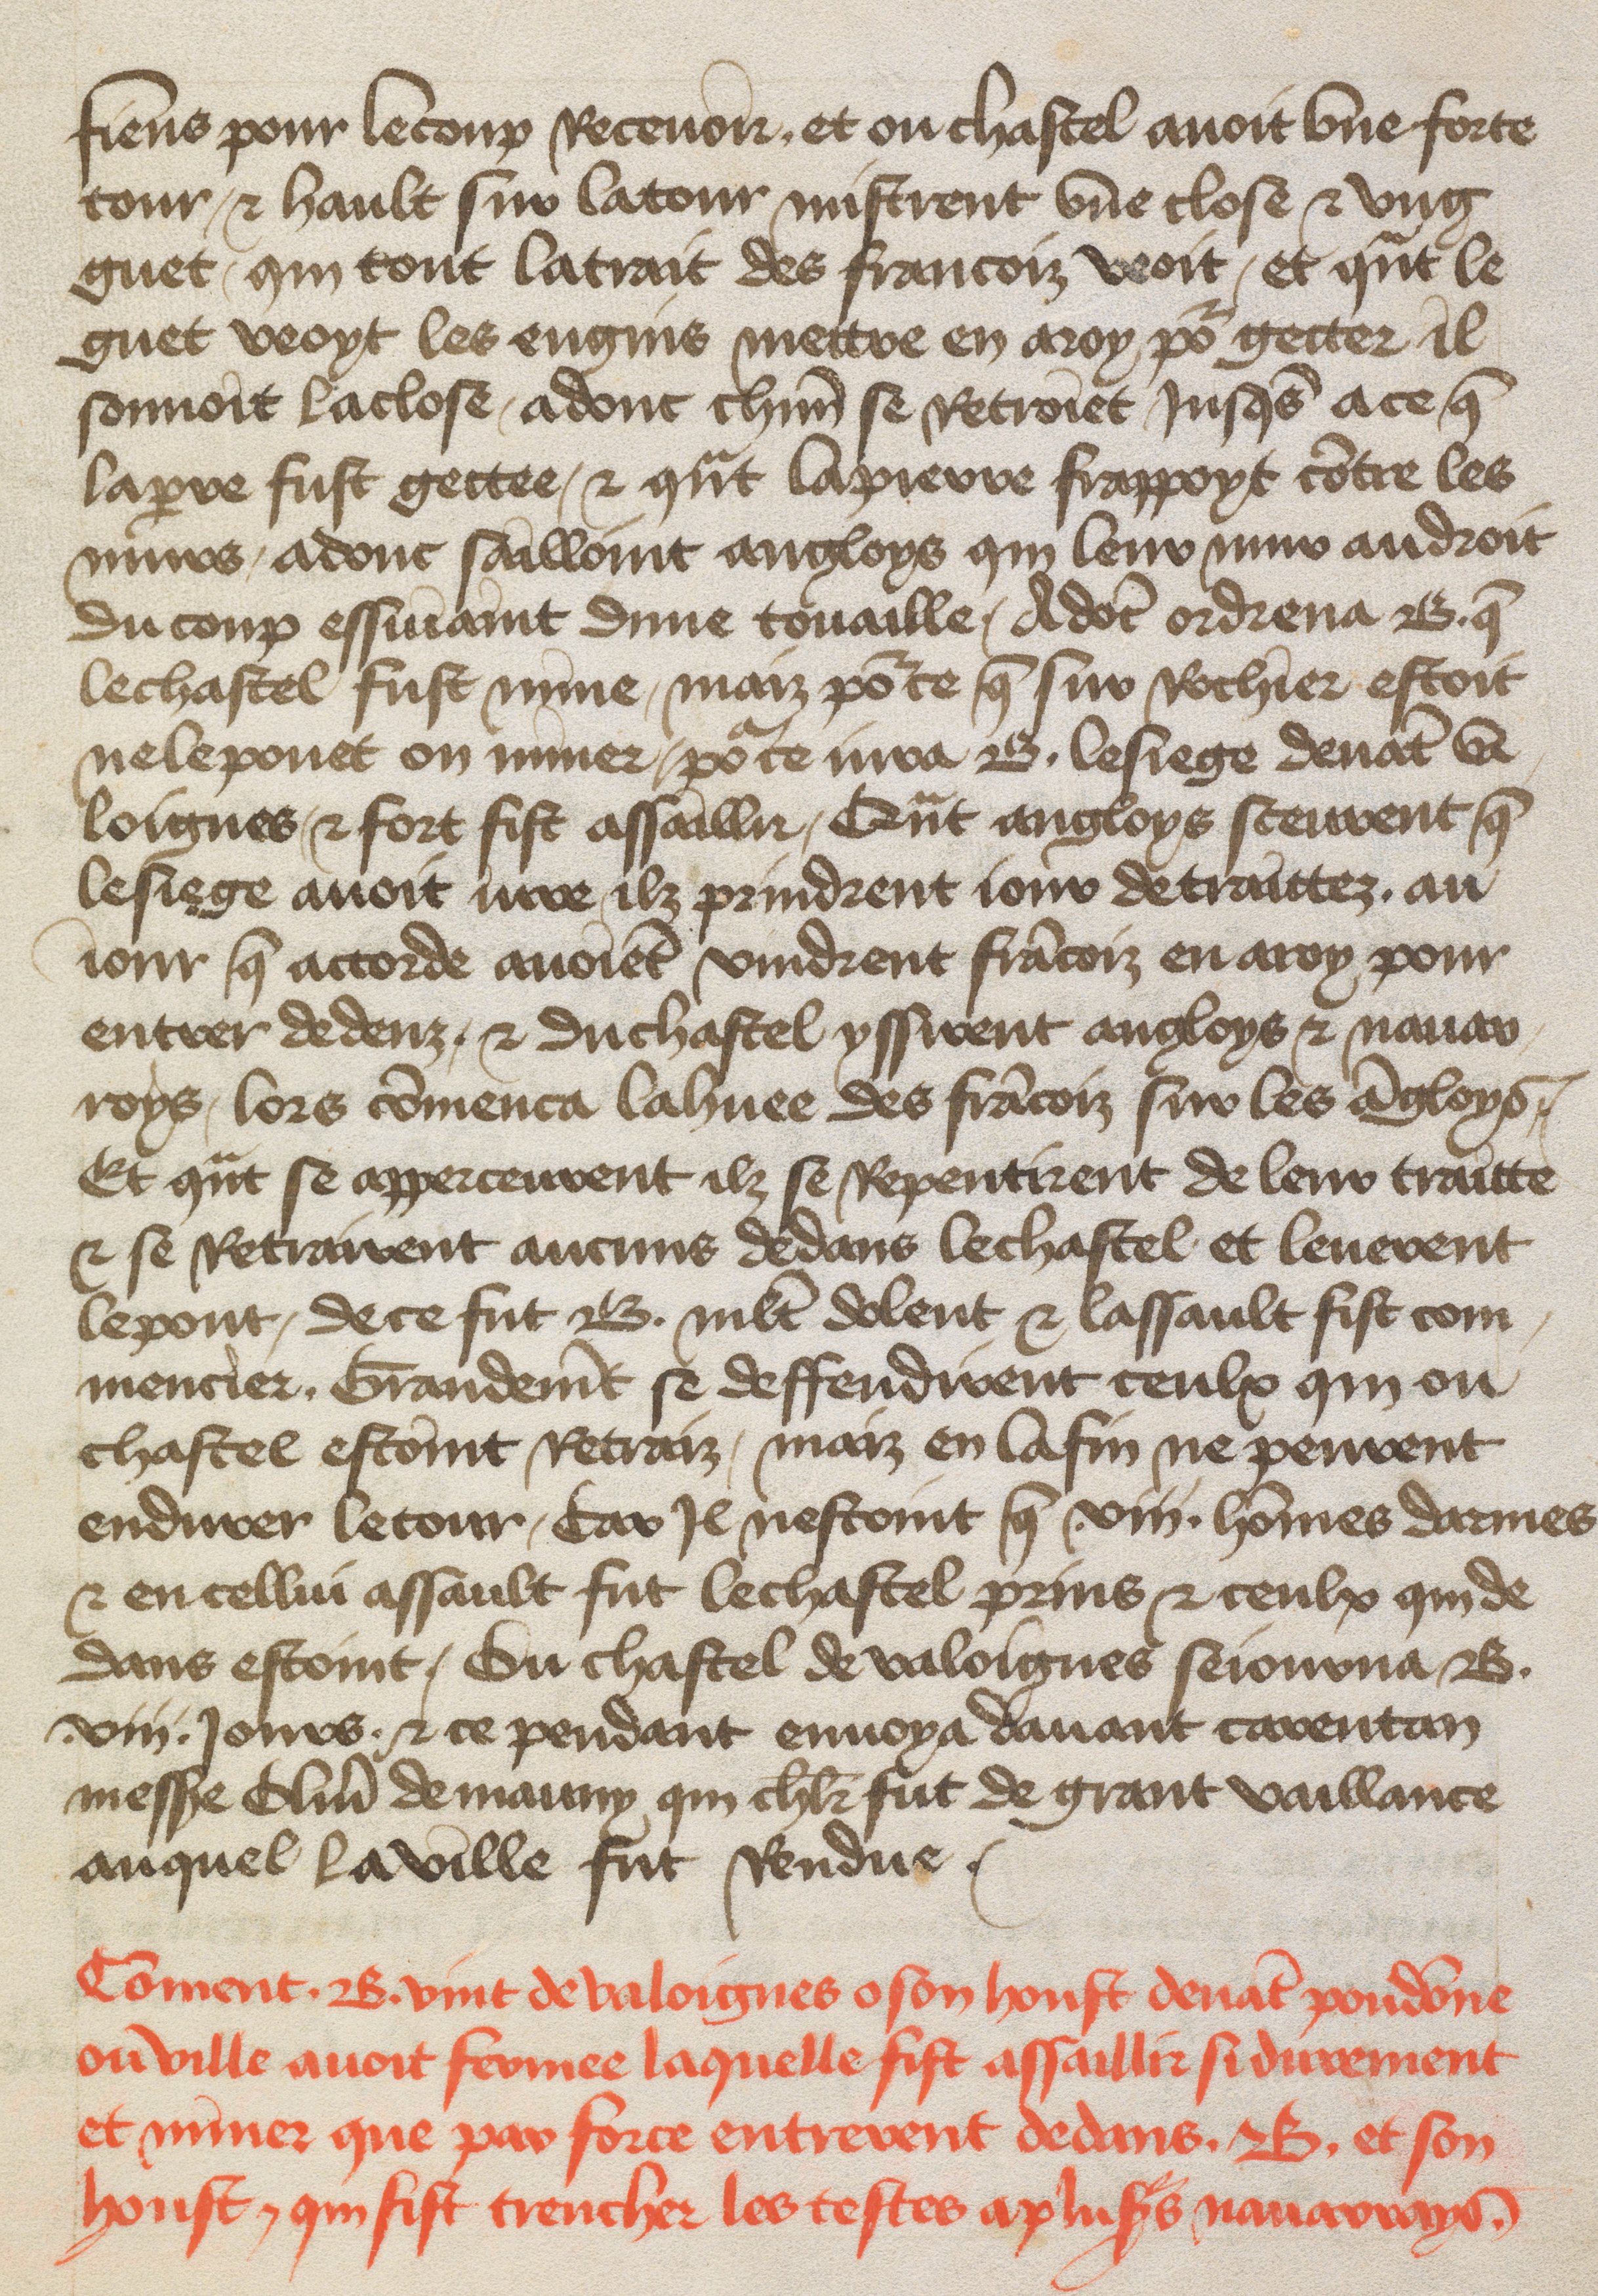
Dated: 1400–1499